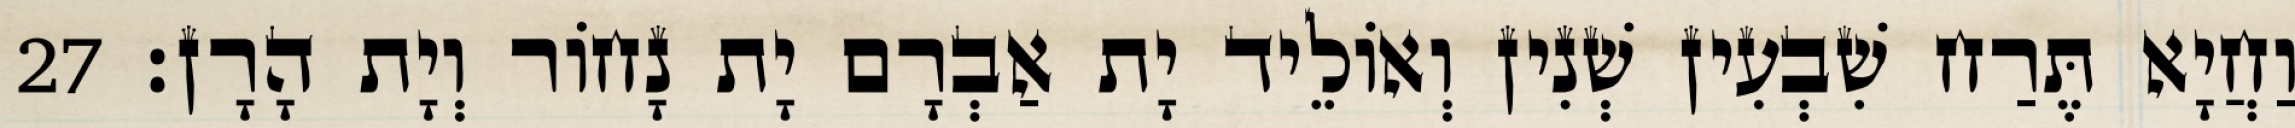
וַחֲיָא תֶּרַח שִׁבְעִין שְׁנִין וְאוֹלֵיד יָת אַבְרָם יָת נָחוֹר וְיָת הָרָן׃ 27